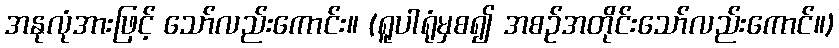
အနုလုံအားဖြင့် သော်လည်းကောင်း။ (ရူပါရုံမှစ၍ အစဉ်အတိုင်းသော်လည်းကောင်။)